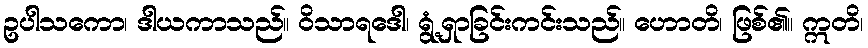
ဥပါသကော၊ ဒါယကာသည်။ ဝိသာရဒေါ၊ ရွံ့ရှာခြင်းကင်းသည်။ ဟောတိ၊ ဖြစ်၏။ ဣတိ၊